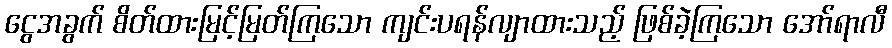
ငွေအခွက် စိတ်ထားမြင့်မြတ်ကြသော ကျင်းပရန်လျာထားသည့် ဖြစ်ခဲ့ကြသော အော်ရာလီ